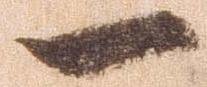
一